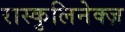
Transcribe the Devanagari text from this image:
रास्कुलिनेक्ज़